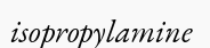
isopropylamine